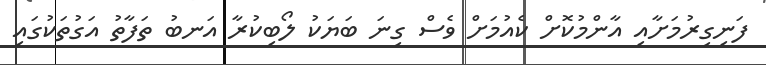
ފަނިގިރުމަށާއި އާންމުކޮށް ކެއުމަށް ވެސް ގިނަ ބަޔަކު ލޯބިކުރާ އަނބު ތަފާތު އަގުތަކުގައި